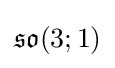
{\mathfrak {so}}(3;1)